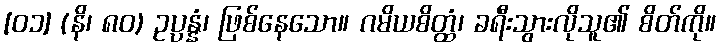
[၀၁] (နိ၊ ၈၀) ဥပ္ပန္နံ၊ ဖြစ်နေသော။ ဂမိယစိတ္ထံ၊ ခရီးသွားလိုသူ၏ စိတ်ကို။